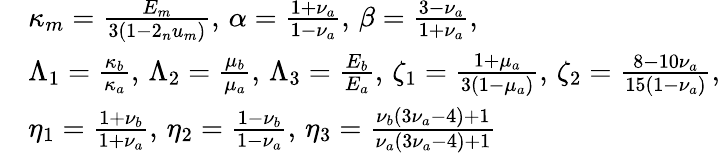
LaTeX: \begin{array}{rl}&{\kappa_{m}=\frac{E_{m}}{3(1-2_{n}u_{m})},\, \alpha=\frac{1+\nu_{a}}{1-\nu_{a}},\, \beta=\frac{3-\nu_{a}}{1+\nu_{a}},}\\ &{\Lambda_{1}=\frac{\kappa_{b}}{\kappa_{a}},\, \Lambda_{2}=\frac{\mu_{b}}{\mu_{a}},\, \Lambda_{3}=\frac{E_{b}}{E_{a}},\, \zeta_{1}=\frac{1+\mu_{a}}{3(1-\mu_{a})},\, \zeta_{2}=\frac{8-10\nu_{a}}{15(1-\nu_{a})},}\\ &{\eta_{1}=\frac{1+\nu_{b}}{1+\nu_{a}},\, \eta_{2}=\frac{1-\nu_{b}}{1-\nu_{a}},\, \eta_{3}=\frac{\nu_{b}(3\nu_{a}-4)+1}{\nu_{a}(3\nu_{a}-4)+1}}\end{array}